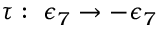
\tau : \, \, \epsilon _ { 7 } \rightarrow - \epsilon _ { 7 }